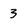
Character: 3